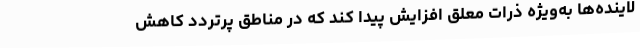
لاینده‌ها به‌ویژه ذرات معلق افزایش پیدا کند که در مناطق پرتردد کاهش